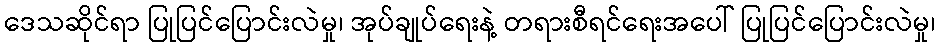
ဒေသဆိုင်ရာ ပြုပြင်ပြောင်းလဲမှု၊ အုပ်ချုပ်ရေးနဲ့ တရားစီရင်ရေးအပေါ် ပြုပြင်ပြောင်းလဲမှု၊